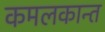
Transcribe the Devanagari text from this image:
कमलकान्‍त